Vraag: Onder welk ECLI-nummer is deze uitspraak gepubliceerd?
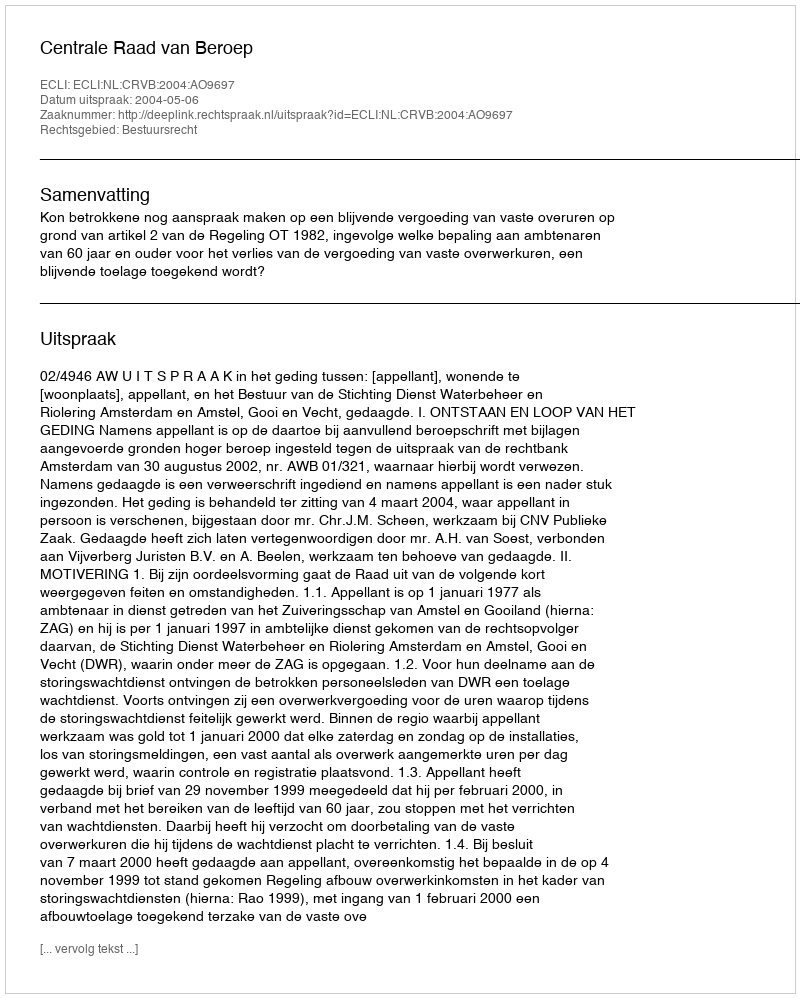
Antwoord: ECLI:NL:CRVB:2004:AO9697